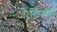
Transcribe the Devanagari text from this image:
प्लैटिपस।